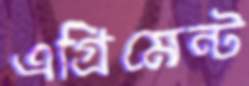
এগ্রিমেন্ট